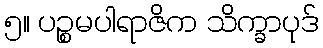
၅။ ပဉ္စမပါရာဇိက သိက္ခာပုဒ်